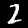
Digit: 2